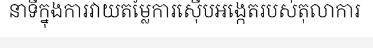
នាទីក្នុងការវាយតម្លៃការស៊ើបអង្កេតរបស់តុលាការ